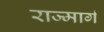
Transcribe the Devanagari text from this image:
राज्मार्ग